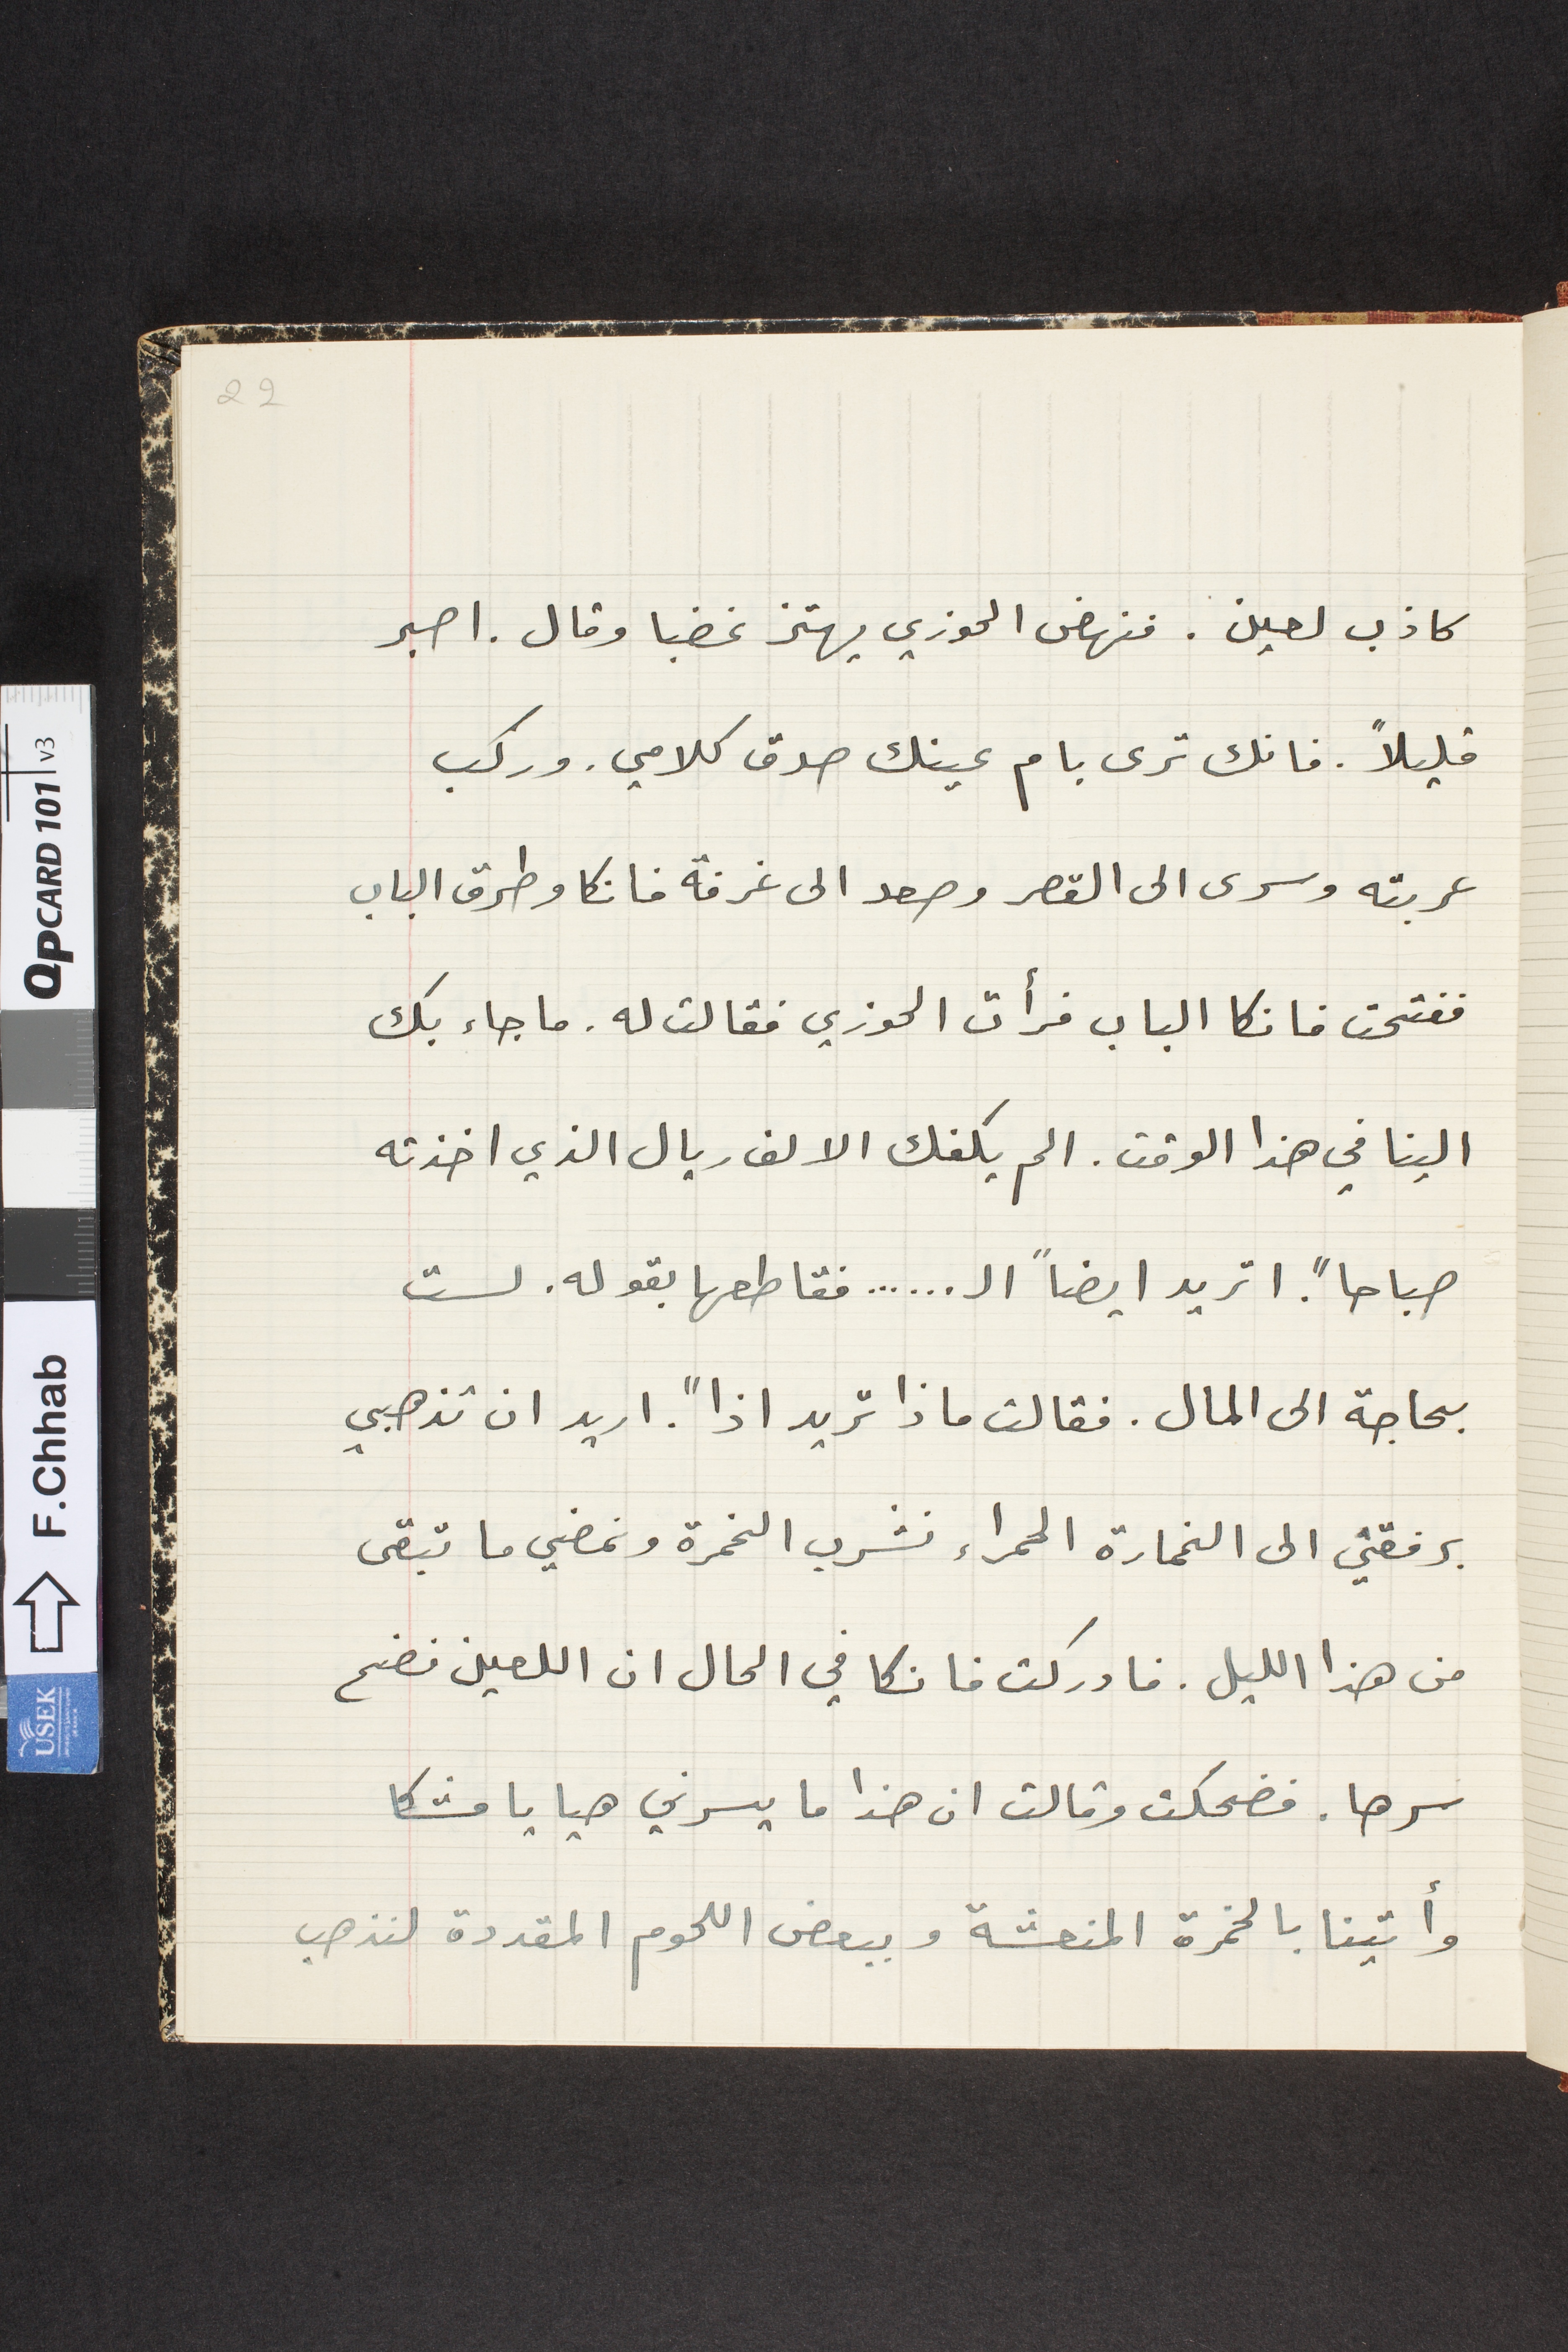
كاذب لعين. فنهض الحوزي يهتز غضبا وقال. اصبر
قليلاً. فانك ترى بام عينك صدق كلامي. وركب
عربته وسرى الى القصر وصعد الى غرفة فانكا وطرق الباب
ففتحت فانكا الباب فرأت الحوزي فقالت له. ما جاء بك
الينا في هذا الوقت. الم يكفك الالف ريال الذي اخذته
صباحاً. اتريد ايضاً ال ... ... فقاطعها بقوله. لست
بحاجة الى المال. فقالت ماذا تريد اذاً. اريد ان تذهبي
برفقتي الى الخمارة الحمراء نشرب الخمرة ونمضي ما تبقى
من هذا الليل. فادركت فانكا في الحال ان اللعين فضح
سرها. فضحكت وقالت ان هذا ما يسرني هيا يا مشكا
وأتينا بالخمرة المنعشة وببعض اللحوم المقددة لنذهب